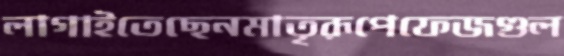
লাগাইতেছেনমাতৃরূপেফেজগুল